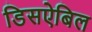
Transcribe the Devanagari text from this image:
डिसऐबिल